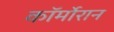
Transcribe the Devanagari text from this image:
कॉर्मोरान